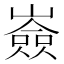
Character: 𡽗